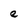
Character: e